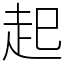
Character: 起